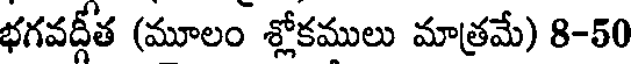
భగవద్గీత (మూలం శ్లోకములు మాత్రమే) 8-50